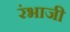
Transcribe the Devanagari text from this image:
रंभाजी